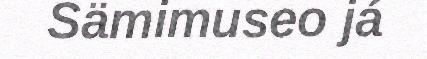
Sämimuseo já